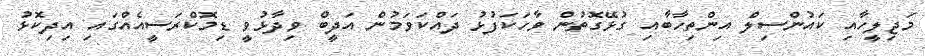
މަޖިލީހާއި ކައުންސިލް އިންތިހާބާއި ގުޅޭގޮތުން ވާހަކަފުޅު ދައްކަވަމުން އަދީބް ވިދާޅުވީ ޑިމޮކްރަސީއެއްގައި އިދިކޮޅު